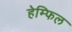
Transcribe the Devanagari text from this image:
हेम्फिल